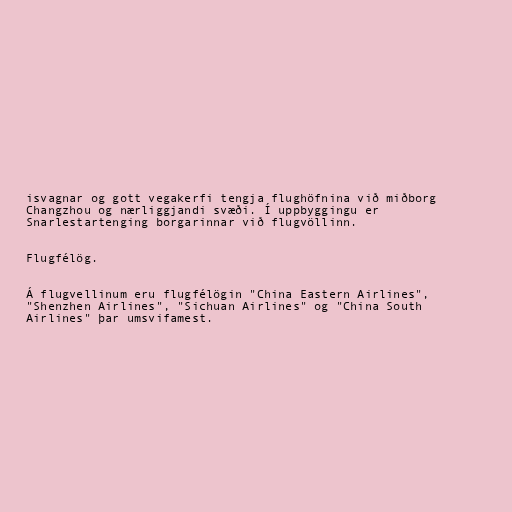
isvagnar og gott vegakerfi tengja flughöfnina við miðborg
Changzhou og nærliggjandi svæði. Í uppbyggingu er
Snarlestartenging borgarinnar við flugvöllinn.

Flugfélög.

Á flugvellinum eru flugfélögin "China Eastern Airlines",
"Shenzhen Airlines", "Sichuan Airlines" og "China South
Airlines" þar umsvifamest.